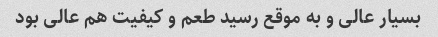
بسیار عالی و به موقع رسید طعم و کیفیت هم عالی بود